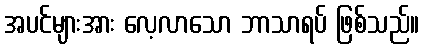
အပင်များအား လေ့လာသော ဘာသာရပ် ဖြစ်သည်။